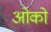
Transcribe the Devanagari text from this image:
ओको